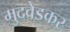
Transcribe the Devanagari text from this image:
मुदवेडकर